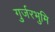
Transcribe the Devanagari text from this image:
गुर्जरभुमि